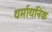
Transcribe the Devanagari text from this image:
थर्मायनिक